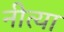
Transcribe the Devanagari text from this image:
नीत्या